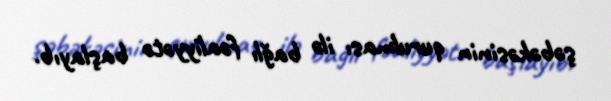
şəbəkəsinin qurulması ilə bağlı fəaliyyətə başlayıb.